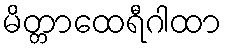
မိတ္တာထေရီဂါထာ